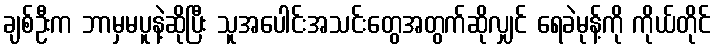
ချစ်ဦးက ဘာမှမပူနဲ့ဆိုပြီး သူအပေါင်းအသင်းတွေအတွက်ဆိုလျှင် ရေခဲမုန့်ကို ကိုယ်တိုင်